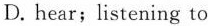
D. hear;listening to